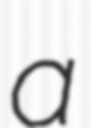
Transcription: a